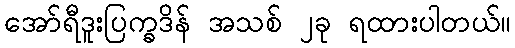
အော်ရီဒူးပြက္ခဒိန် အသစ် ၂ခု ရထားပါတယ်။